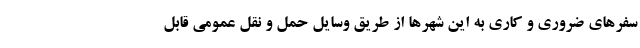
سفرهای ضروری و کاری به این شهرها از طریق وسایل حمل و نقل عمومی قابل